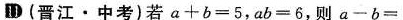
(晋江·中考)若$$a + b =5$$，a b=6，则$$a - b=$$